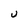
Character: u